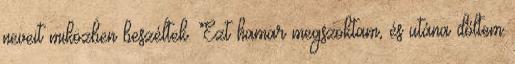
neveit miközben beszéltek. Ezt hamar megszoktam, és utána dőltem